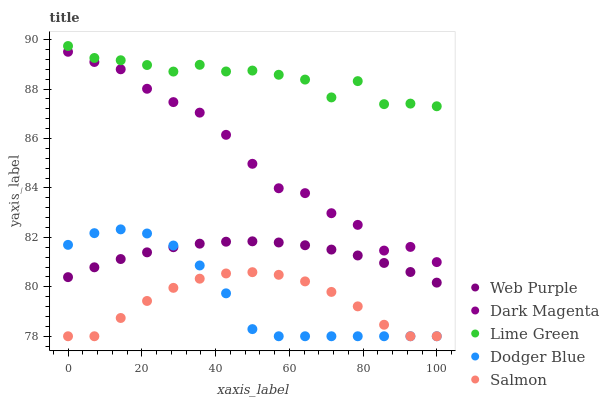
| xaxis_label | Web Purple | Dark Magenta | Lime Green | Dodger Blue | Salmon |
 | --- | --- | --- | --- | --- | --- |
 | 0 | 80.4 | 89.5 | 89.7 | 81.7 | 78 |
 | 7.14 | 80.8 | 89.1 | 89.3 | 82.2 | 78 |
 | 14.3 | 81.1 | 88.8 | 89.2 | 82.3 | 78.7 |
 | 21.4 | 81.4 | 88 | 89 | 82.2 | 79.4 |
 | 28.6 | 81.6 | 87.5 | 88.7 | 81.7 | 80 |
 | 35.7 | 81.7 | 87 | 89 | 80.9 | 80.3 |
 | 42.9 | 81.8 | 86.1 | 88.7 | 79.7 | 80.5 |
 | 50 | 81.8 | 85 | 88.8 | 78.3 | 80.6 |
 | 57.1 | 81.8 | 84 | 88.6 | 78 | 80.5 |
 | 64.3 | 81.7 | 83.8 | 88.4 | 78 | 80.2 |
 | 71.4 | 81.5 | 83 | 87.7 | 78 | 79.8 |
 | 78.6 | 81.3 | 82.5 | 88.3 | 78 | 79.2 |
 | 85.7 | 81 | 81.5 | 87.4 | 78 | 78.5 |
 | 92.9 | 80.6 | 81.6 | 87.4 | 78 | 78 |
 | 100 | 80.2 | 81 | 87.3 | 78 | 78 |